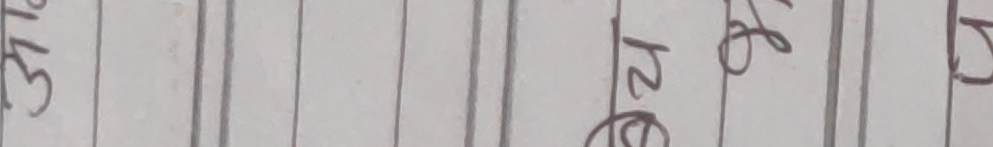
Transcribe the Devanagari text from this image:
३१ ८२ र